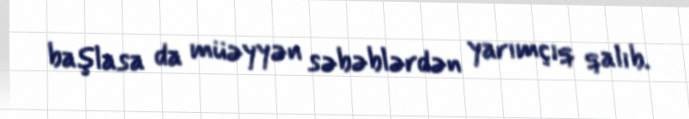
başlasa da müəyyən səbəblərdən yarımçıq qalıb.